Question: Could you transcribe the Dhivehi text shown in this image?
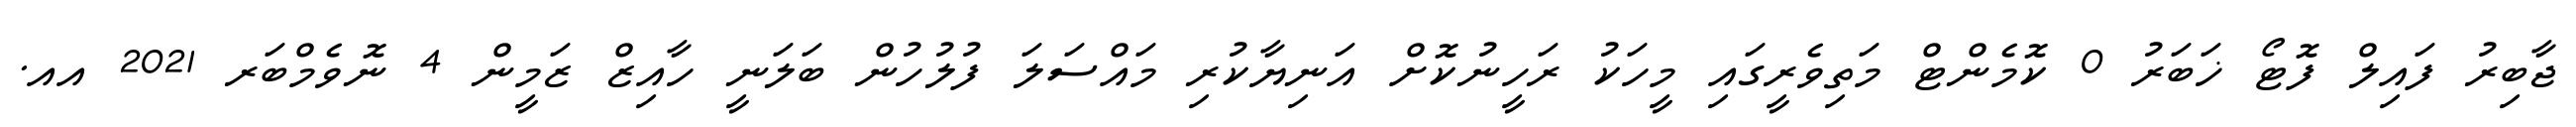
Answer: ޖާބިރު ފައިލް ފޮޓޯ ޚަބަރު 0 ކޮމެންޓް މަތިވެރީގައި މީހަކު ރަހީނުކޮށް އަނިޔާކުރި މައްސަލަ ފުލުހުން ބަލަނީ ހާއިޒް ޒަމީން 4 ނޮވެމްބަރ 2021 އއ.